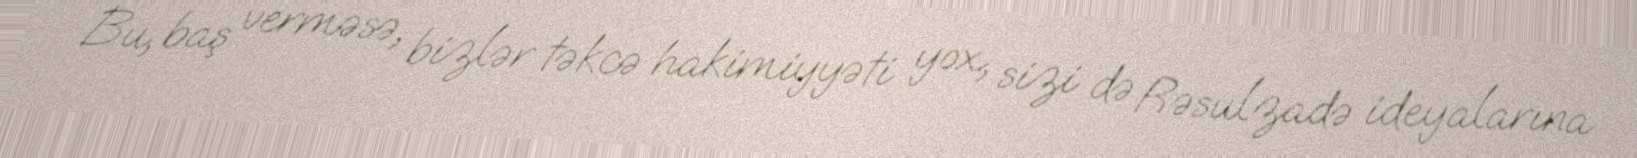
Bu, baş verməsə, bizlər təkcə hakimiyyəti yox, sizi də Rəsulzadə ideyalarına